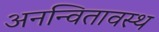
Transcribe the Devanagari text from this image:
अनन्वितावस्थ